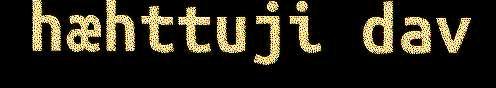
hæhttuji dav